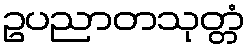
ဥပညာတသုတ္တံ